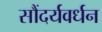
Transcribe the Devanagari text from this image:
सौंदर्यवर्धन